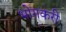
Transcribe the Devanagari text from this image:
भोगकरी